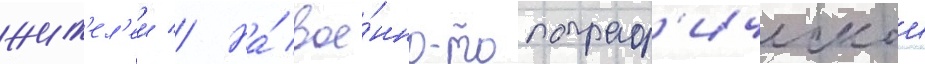
жит'ел'еи // На́ вое́нно-топограф'ическои